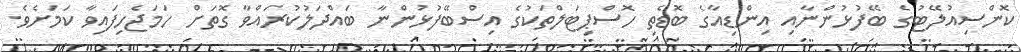
ކޮންސިއުލޭޓުގެ ބޭފުޅުންނާއި އިންޑިއާގެ ބޮޑެތި ހޮސްޕިޓަލްތަކުގެ އިސްބޭފުޅުންނާ ބައްދަލުކުރައްވާ ގޮތަށް ހަމަޖެހިފައިވާ ކަމަށެވެ.